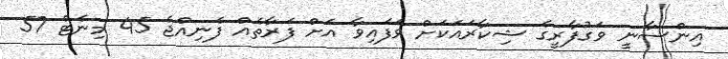
އިންސާނީ ވަގުފާރީގެ ޝިކާރައަކަށް ވެފައިވާ އަށް ފަރާތެއް ފެނިއްޖެ 45 މިނެޓް 57